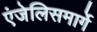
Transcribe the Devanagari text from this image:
एंजेलिसमार्गे